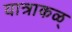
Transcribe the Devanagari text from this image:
यात्राकळ्